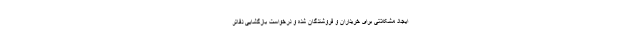
ایجاد مشکلاتی برای خریداران و فروشندگان شده و درخواست بازگشایی دفاتر